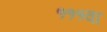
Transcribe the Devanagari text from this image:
१११वा